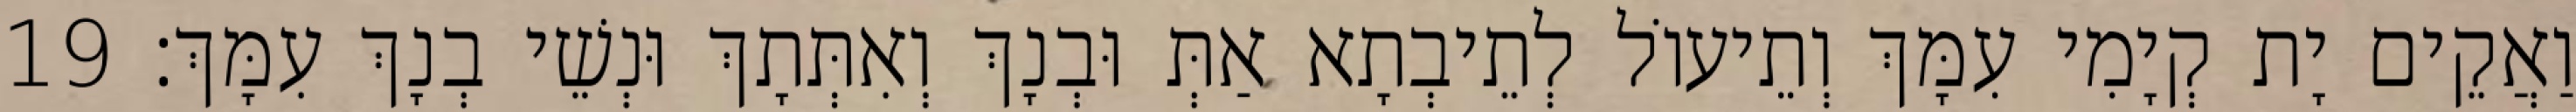
וַאֲקֵים יָת קְיָמִי עִמָּךְ וְתֵיעוֹל לְתֵיבְתָא אַתְּ וּבְנָךְ וְאִתְּתָךְ וּנְשֵׁי בְנָךְ עִמָּךְ׃ 19